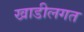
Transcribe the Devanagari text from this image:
खाडीलगत